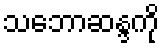
သဘောဆန္ဒကို